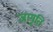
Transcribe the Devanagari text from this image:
जागृति